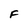
Character: F